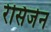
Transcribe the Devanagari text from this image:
रेसिजेन